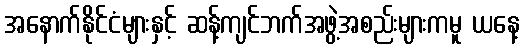
အနောက်နိုင်ငံများနှင့် ဆန့်ကျင်ဘက်အဖွဲ့အစည်းများကမူ ယနေ့